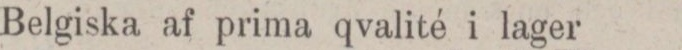
Belgiska af prima qvalité i lager